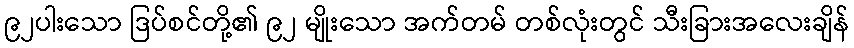
၉၂ပါးသော ဒြပ်စင်တို့၏ ၉၂ မျိုးသော အက်တမ် တစ်လုံးတွင် သီးခြားအလေးချိန်